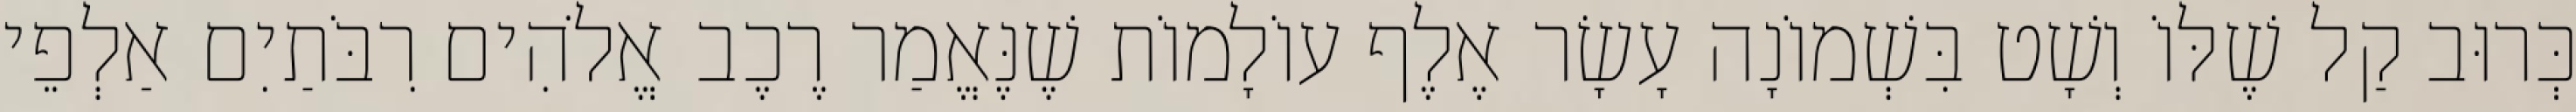
כְּרוּב קַל שֶׁלּוֹ וְשָׁט בִּשְׁמוֹנָה עָשָׂר אֶלֶף עוֹלָמוֹת שֶׁנֶּאֱמַר רֶכֶב אֱלֹהִים רִבֹּתַיִם אַלְפֵי